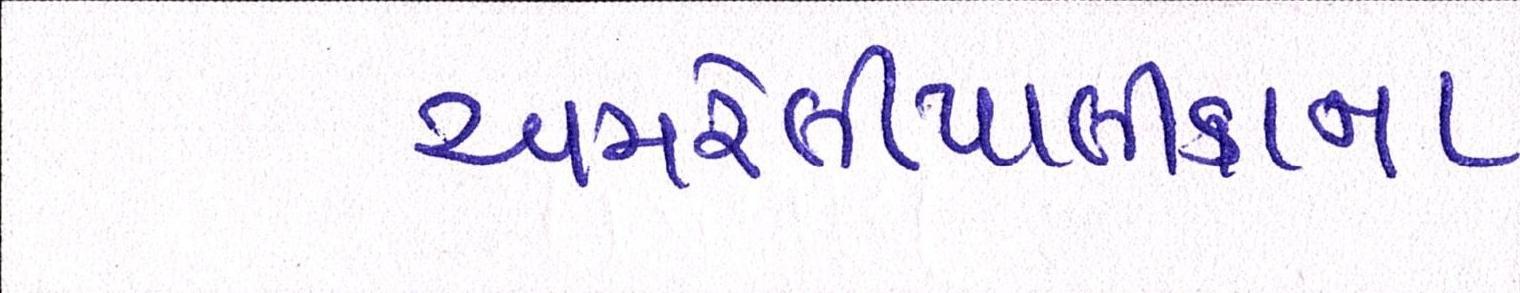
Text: અમરેલીપાલીકાના